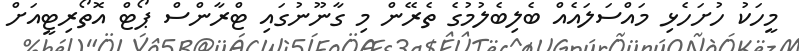
މީހަކު ހުށަހެޅި މައްސަލައެއް ބެލިބެލުމުގެ ތެރޭން މި ގާނޫނުގައި ޓްރާންސް ޕޯޓް އޮތޯރިޓީއަށް